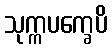
သုက္ကပက္ခေပိ